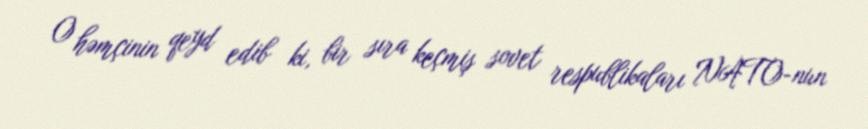
O həmçinin qeyd edib ki, bir sıra keçmiş sovet respublikaları NATO-nun